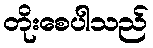
တိုးစေပါသည်